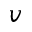
v